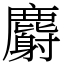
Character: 麝